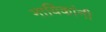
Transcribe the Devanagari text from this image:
नायिकांनी